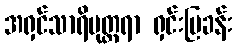
အရှင်သာရိပုတ္တရာ ရှင်းပြခန်း